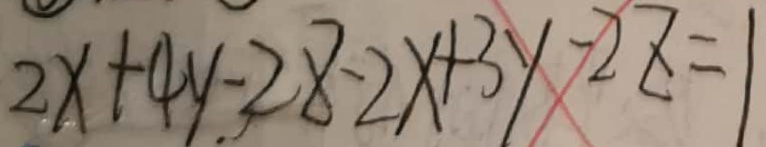
2 x + 4 y - 2 8 - 2 x + 3 y - 2 z = 1